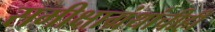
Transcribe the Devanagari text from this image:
समीक्षाग्रंथांचीही